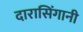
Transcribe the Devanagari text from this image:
दारासिंगानी